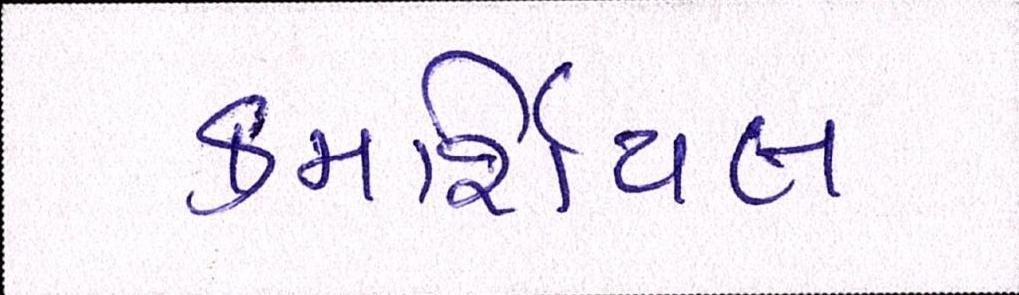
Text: કમર્શિયલ